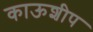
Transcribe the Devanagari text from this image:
काऊशीप